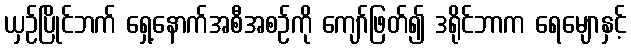
ယှဉ်ပြိုင်ဘက် ရှေ့နောက်အစီအစဉ်ကို ကျော်ဖြတ်၍ ဒရိုင်ဘာက ရေမျောနှင့်